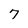
Character: 7